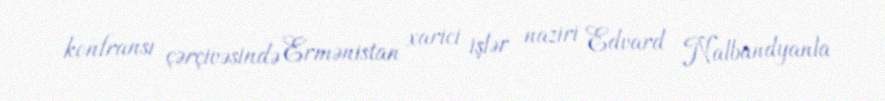
konfransı çərçivəsində Ermənistan xarici işlər naziri Edvard Nalbandyanla